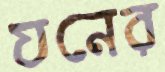
যনের